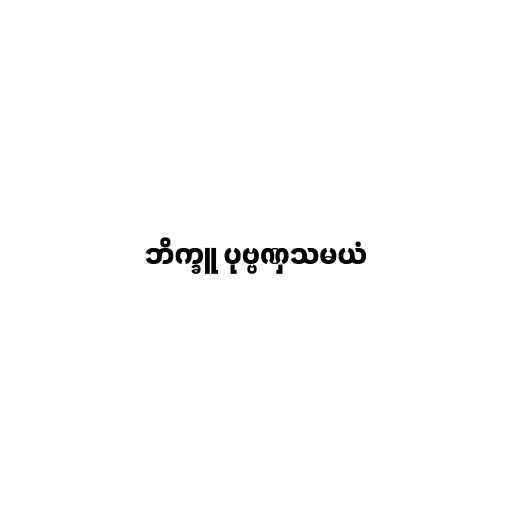
ဘိက္ခူ ပုဗ္ဗဏှသမယံ